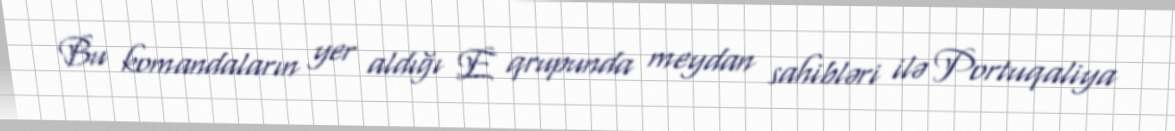
Bu komandaların yer aldığı E qrupunda meydan sahibləri ilə Portuqaliya